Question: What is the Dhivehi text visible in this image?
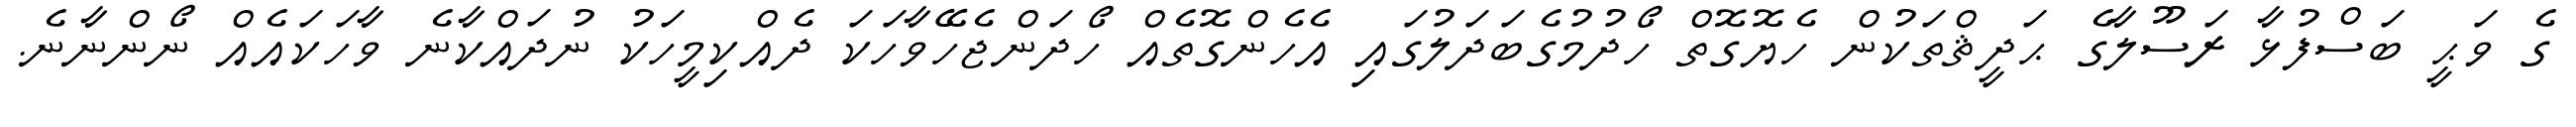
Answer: ގެ ވަޙީ ބަސްފުޅާ ރަސޫލާގެ ޙަދީޘްތަކުން ހެޔޮގޮތް ހޯދުމުގެބަދަލުގައި އެހެންގޮތެއް ހޯދަންޖެހޭވާހަކަ ދެއްކިމީހަކު ނުދައްކާނެ ވާހަކައެއް ނޯންނާނެ.